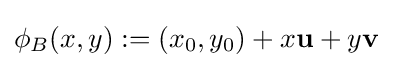
\phi _{B}(x,y):=(x_{0},y_{0})+x\mathbf {u} +y\mathbf {v}